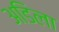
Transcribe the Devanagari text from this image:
अडिला